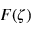
F ( \zeta )